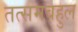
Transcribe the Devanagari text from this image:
तत्समबहुल